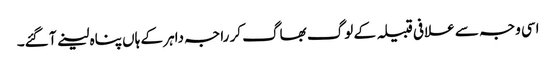
اسی وجہ سے علافی قبیلہ کے لوگ بھاگ کر راجہ داہر کے ہاں پناہ لینے آ گئے۔